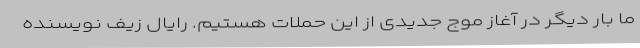
ما بار دیگر در آغاز موج جدیدی از این حملات هستیم. رایال زیف نویسنده